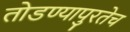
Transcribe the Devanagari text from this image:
तोडण्यापुरतेच